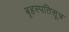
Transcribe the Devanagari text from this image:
बृहस्पतिसूत्र